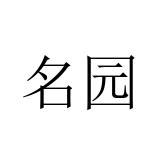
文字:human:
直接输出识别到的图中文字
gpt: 名园